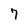
Character: 7